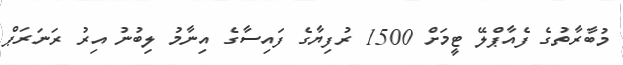
މުބާރާތުގެ ފެއާޕްލޭ ޓީމަށް 1500 ރުފިޔާގެ ފައިސާގެ އިނާމު ލިބުނު އިރު ރަނަރަޕް